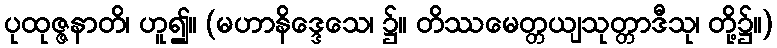
ပုထုဇ္ဇနာတိ၊ ဟူ၍။ (မဟာနိဒ္ဒေသေ၊ ၌။ တိဿမေတ္တယျသုတ္တာဒီသု၊ တို့၌။)